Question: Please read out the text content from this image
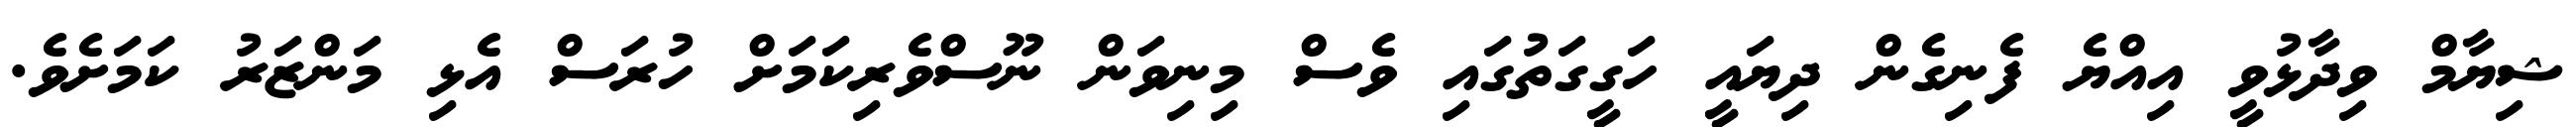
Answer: ޝިޔާމް ވިދާޅުވީ އިއްޔެ ފެނިގެން ދިޔައީ ހަގީގަތުގައި ވެސް މިނިވަން ނޫސްވެރިކަމަށް ހުރަސް އެޅި މަންޒަރު ކަމަށެވެ.